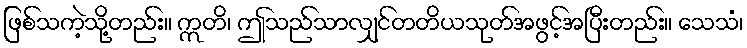
ဖြစ်သကဲ့သို့တည်း။ ဣတိ၊ ဤသည်သာလျှင်တတိယသုတ်အဖွင့်အပြီးတည်း။ သေသံ၊